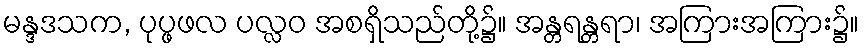
မန္ဒဒသက, ပုပ္ဖဖလ ပလ္လဝ အစရှိသည်တို့၌။ အန္တရန္တရာ၊ အကြားအကြား၌။